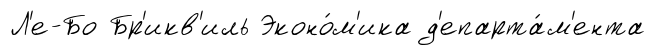
Л'е-Бо Бр'икв'иль Эконо́м'ика д'епарта́м'ента